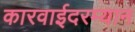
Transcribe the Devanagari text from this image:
कारवाईदरम्यान